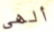
ألهى